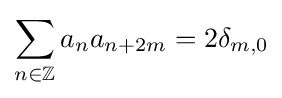
\sum _{n\in \mathbb {Z} }a_{n}a_{n+2m}=2\delta _{m,0}